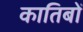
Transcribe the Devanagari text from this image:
कातिबों